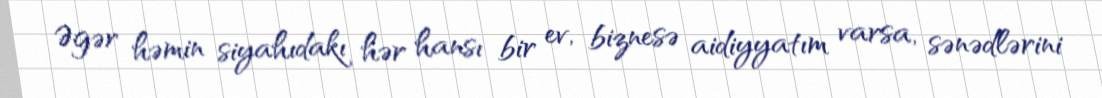
Əgər həmin siyahıdakı hər hansı bir ev, biznesə aidiyyatım varsa, sənədlərini